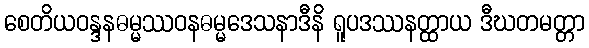
စေတိယဝန္ဒနဓမ္မဿဝနဓမ္မဒေသနာဒီနိ ရူပဒဿနတ္ထာယ ဒီဃတမတ္တာ